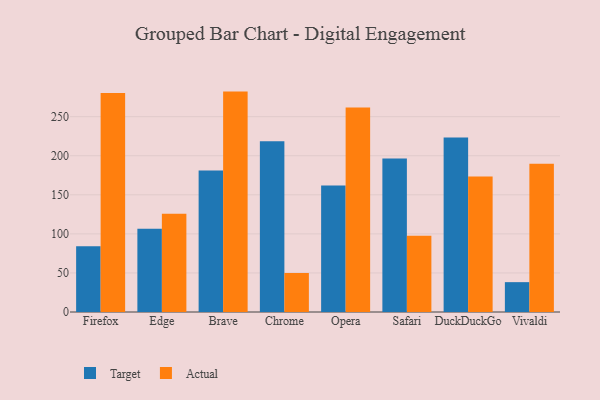
{"axis": {"x": "Browser", "y": "Latency (ms)"}, "legend": ["Actual", "Target"], "data": [{"x": "Firefox", "y": 84.1, "type": "Target"}, {"x": "Firefox", "y": 280.3, "type": "Actual"}, {"x": "Edge", "y": 106.7, "type": "Target"}, {"x": "Edge", "y": 125.7, "type": "Actual"}, {"x": "Brave", "y": 181.2, "type": "Target"}, {"x": "Brave", "y": 282.1, "type": "Actual"}, {"x": "Chrome", "y": 218.4, "type": "Target"}, {"x": "Chrome", "y": 49.9, "type": "Actual"}, {"x": "Opera", "y": 162.0, "type": "Target"}, {"x": "Opera", "y": 261.6, "type": "Actual"}, {"x": "Safari", "y": 196.4, "type": "Target"}, {"x": "Safari", "y": 97.5, "type": "Actual"}, {"x": "DuckDuckGo", "y": 223.3, "type": "Target"}, {"x": "DuckDuckGo", "y": 173.5, "type": "Actual"}, {"x": "Vivaldi", "y": 38.2, "type": "Target"}, {"x": "Vivaldi", "y": 189.7, "type": "Actual"}]}